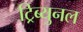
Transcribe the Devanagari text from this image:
ट्रिब्युनल